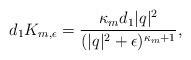
\begin{align*} d_1 K_{m,\epsilon} = \frac{\kappa_m d_1|q|^2}{(|q|^2+\epsilon)^{\kappa_m+1}}, \end{align*}